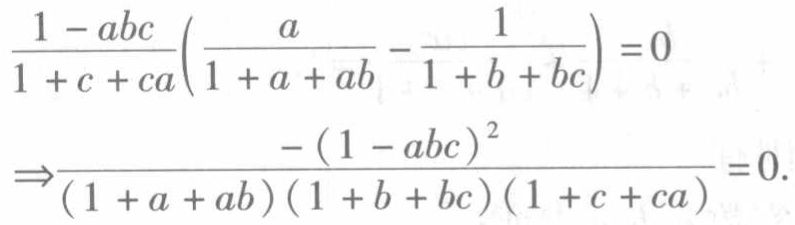
\[\frac{1 - abc}{1 + c + ca}\left(\frac{a}{1 + a + ab} - \frac{1}{1 + b + bc}\right) = 0\]
\[\Rightarrow\frac{-(1 - abc)^2}{(1 + a + ab)(1 + b + bc)(1 + c + ca)} = 0.\]